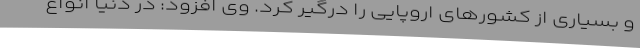
و بسیاری از کشورهای اروپایی را درگیر کرد. وی افزود: در دنیا انواع